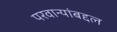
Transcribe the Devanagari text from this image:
परवान्यांबद्दल